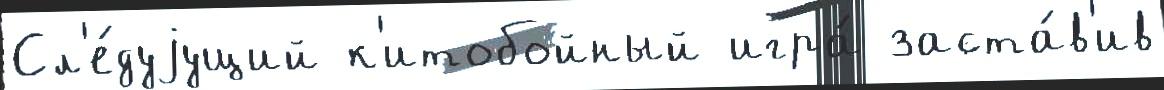
Сл'е́дуjущий к'итобойный игра́ заста́в'ив